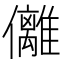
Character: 㒧